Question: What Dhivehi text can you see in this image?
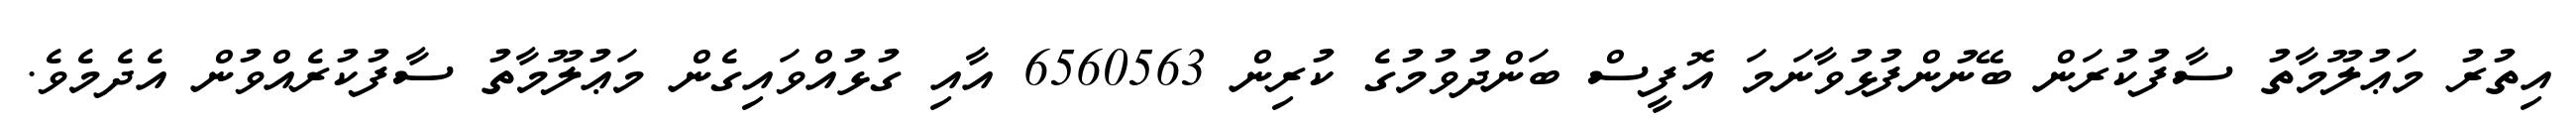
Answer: އިތުރު މަޢުލޫމާތު ސާފުކުރަން ބޭނުންފުޅުވާނަމަ އޮފީސް ބަންދުވުމުގެ ކުރިން 6560563 އާއި ގުޅުއްވައިގެން މަޢުލޫމާތު ސާފުކުރެއްވުން އެދެމެވެ.